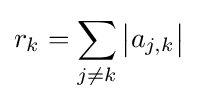
r_{k}=\sum _{j\neq k}{\big |}a_{j,k}{\big |}